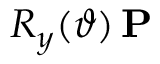
R _ { y } ( \vartheta ) \, \mathbf { P }